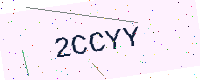
Text: 2CCYY